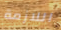
اللازمة